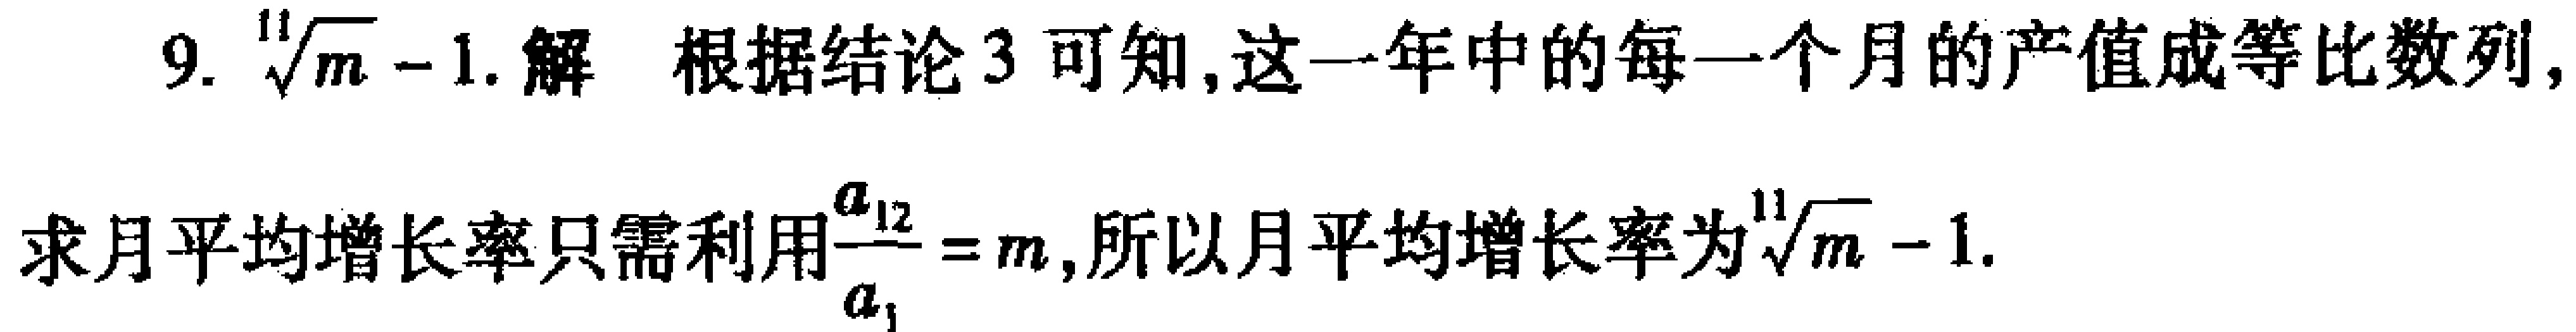
9. \(\sqrt[11]{m}-1\). 解 根据结论3可知,这一年中的每一个月的产值成等比数列, 求月平均增长率只需利用\(\frac{a_{12}}{a_{1}} = m\),所以月平均增长率为\(\sqrt[11]{m}-1\).